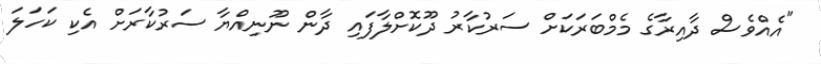
"އެއްވެސް ދާއިރާގެ މެމްބަރަކަށް ސަރުކާރު ދޫކޮށްލާފައި ދާން ނޫނިއްޔާ ސަރުކާރަށް އެކި ކަހަލަ